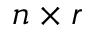
n \times r